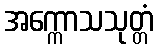
အက္ကောသသုတ္တံ